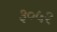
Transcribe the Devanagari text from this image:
३०५२